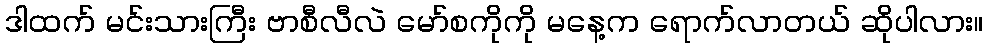
ဒါထက် မင်းသားကြီး ဗာစီလီလဲ မော်စကိုကို မနေ့က ရောက်လာတယ် ဆိုပါလား။